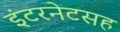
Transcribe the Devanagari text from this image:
इंटरनेटसह